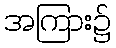
အကြား၌